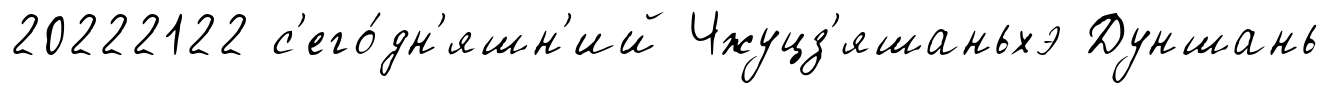
20222122 с'его́дн'яшн'ий Чжуцз'яшаньхэ Дуншань